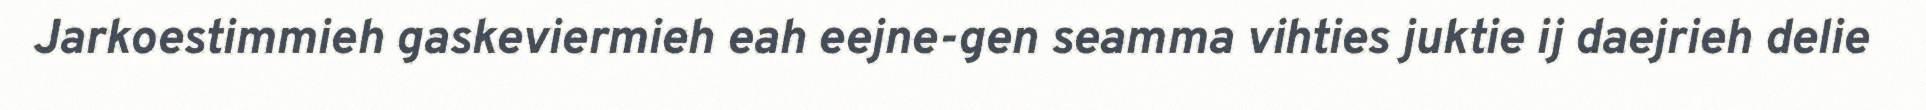
Jarkoestimmieh gaskeviermieh eah eejne-gen seamma vihties juktie ij daejrieh delie